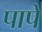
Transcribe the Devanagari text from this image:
पापें